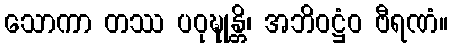
သောကာ တဿ ပဝုဍ္ဎုန္တိ၊ အဘိဝဋ္ဌံဝ ဗီရဏံ။